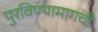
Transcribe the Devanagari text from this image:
पुरविण्यामागची